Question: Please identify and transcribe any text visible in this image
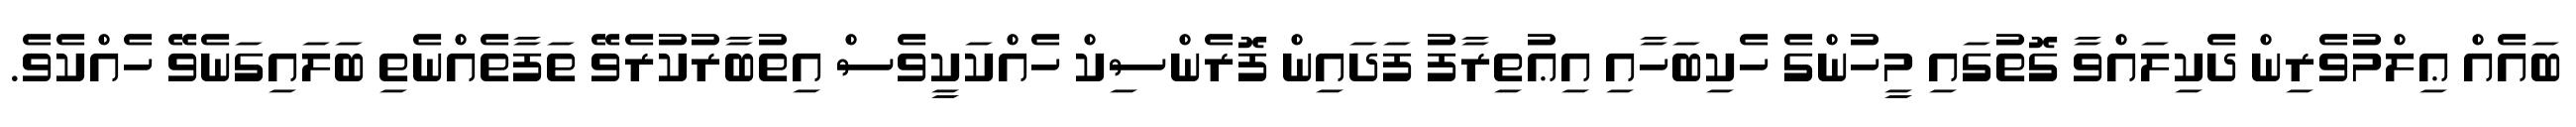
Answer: ބައެއް ޢިލްމުވެރިން ދެކިލައްވާ ގޮތުގައި މީހުންގެ ހެކިބަހާއި އިޢުތިރާފު ފަދައިން ފޮރެންސިކް ހެއްކަކީވެސް އިތުބާރުކުރެވޭ ތަފާތެއްނެތި ބަލައިގަނެވޭ ހެއްކެވެ.